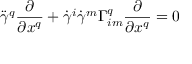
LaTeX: { \ddot { \gamma } } ^ { q } { \frac { \partial } { \partial x ^ { q } } } + { \dot { \gamma } } ^ { i } { \dot { \gamma } } ^ { m } \Gamma _ { i m } ^ { q } { \frac { \partial } { \partial x ^ { q } } } = 0